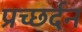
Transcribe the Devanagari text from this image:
प्रच्छर्दन